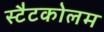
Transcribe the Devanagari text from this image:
स्टैटकोलम